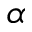
\alpha